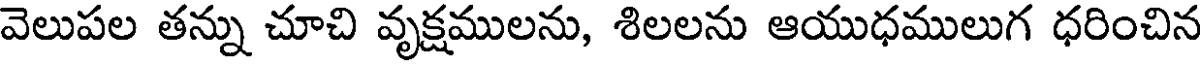
వెలుపల తన్ను చూచి వృక్షములను, శిలలను ఆయుధములుగ ధరించిన